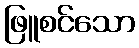
ဖြူစင်သော